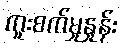
ကူးစက်မှုနှုန်း